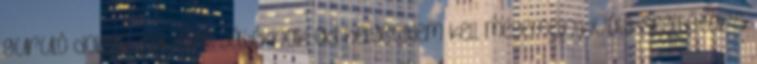
guruló doboz sok-sok játéknak ad helyet.Nem kell megemelni,kiváló segítőtárs